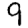
Digit: 9